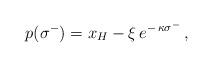
LaTeX: \begin{align*}\:p(\sigma^{-}) = x_{H} - \xi \,e^{-\,\kappa \sigma^{-}} \,,\:\end{align*}